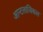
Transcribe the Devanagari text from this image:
आन्टलाजिकल